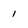
Character: 1